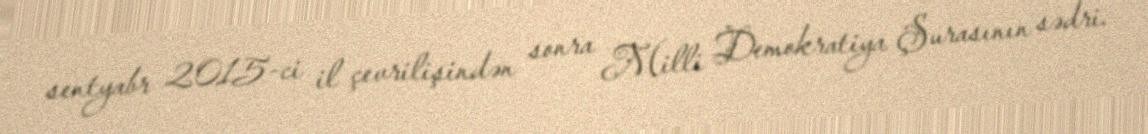
sentyabr 2015-ci il çevrilişindən sonra Milli Demokratiya Şurasının sədri.